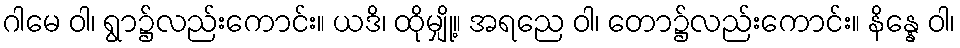
ဂါမေ ဝါ၊ ရွာ၌လည်းကောင်း။ ယဒိ၊ ထိုမျှို့။ အရညေ ဝါ၊ တော၌လည်းကောင်း။ နိန္နေ ဝါ၊